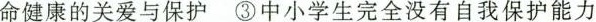
命健康的关爱与保护③中小学生完全没有自我保护能力